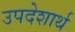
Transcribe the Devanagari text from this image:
उपदेशार्थ